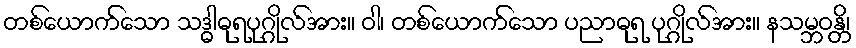
တစ်ယောက်သော သဒ္ဓါဓုရပုဂ္ဂိုလ်အား။ ဝါ၊ တစ်ယောက်သော ပညာဓုရ ပုဂ္ဂိုလ်အား။ နသမ္ဘဝန္တိ၊